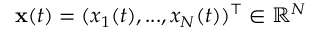
\mathbf { x } ( t ) = ( x _ { 1 } ( t ) , . . . , x _ { N } ( t ) ) ^ { \intercal } \in \mathbb { R } ^ { N }